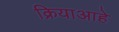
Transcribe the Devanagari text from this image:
क्रियाआहे